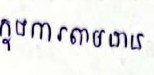
ក្នុងការតាមដាន